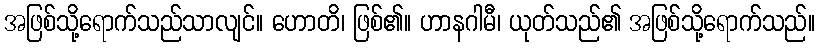
အဖြစ်သို့ရောက်သည်သာလျင်။ ဟောတိ၊ ဖြစ်၏။ ဟာနဂါမီ၊ ယုတ်သည်၏ အဖြစ်သို့ရောက်သည်။